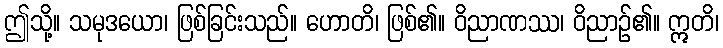
ဤသို့။ သမုဒယော၊ ဖြစ်ခြင်းသည်။ ဟောတိ၊ ဖြစ်၏။ ဝိညာဏဿ၊ ဝိညာဉ်၏။ ဣတိ၊